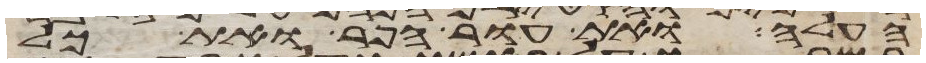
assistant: העלה ואת עור הפר ואת כל